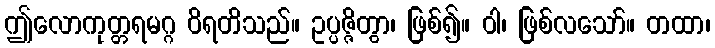
ဤလောကုတ္တရမဂ္ဂ ဝိရတိသည်။ ဥပ္ပဇ္ဇိတွာ၊ ဖြစ်၍။ ဝါ၊ ဖြစ်လသော်။ တထာ၊